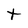
Character: t